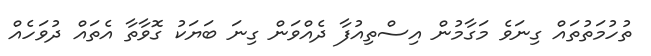
ތުހުމަތުތައް ގިނަވެ މަގާމުން އިސްތިއުފާ ދެއްވަން ގިނަ ބަޔަކު ގޮވާތާ އެތައް ދުވަހެއް